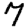
Digit: 7